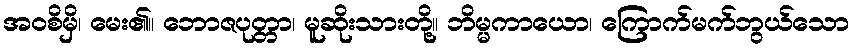
အဝစိမှိ၊ မေး၏။ ဘောဇပုတ္တာ၊ မူဆိုးသားတို့။ ဘိမ္မကာယော၊ ကြောက်မက်ဘွယ်သော